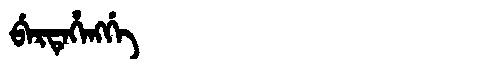
Manchu: ᠪᡝᡵᡨᡝᡥᡝᠩᡤᡝ
Romanization: BERTEHENGGE